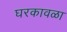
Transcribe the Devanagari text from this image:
घरकावळा